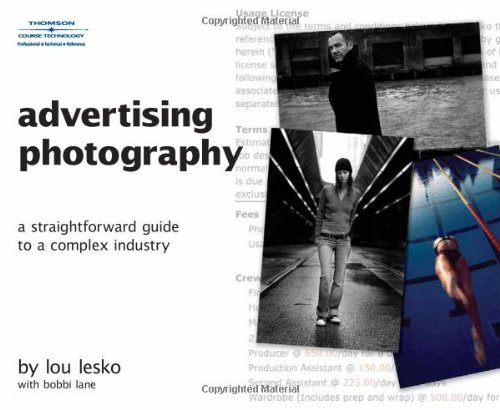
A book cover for Advertising Photography: A Straightforward Guide to a Complex Industry; Lou Lesko; Arts & Photography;